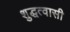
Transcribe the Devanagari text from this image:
शुद्धत्वासी